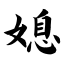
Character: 媳